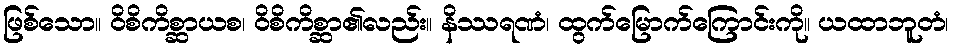
ဖြစ်သော။ ဝိစိကိစ္ဆာယစ၊ ဝိစိကိစ္ဆာ၏လည်း။ နိဿရဏံ၊ ထွက်မြောက်ကြောင်းကို။ ယထာဘူတံ၊